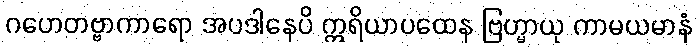
ဂဟေတဗ္ဗာကာရော အပဒါနေပိ ဣရိယာပထေန ဗြဟ္မာယု ကာမယမာနံ